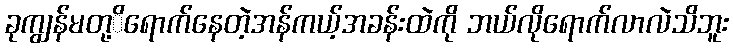
ခုကျွန်မတု့ိရောက်နေတဲ့အန်ကယ့်အခန်းထဲကို ဘယ်လိုရောက်လာလဲသိဘူး